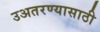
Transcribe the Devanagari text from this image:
उअतरण्यासाठी